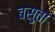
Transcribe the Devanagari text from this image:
बसुता